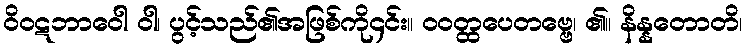
ဝိဝဋဘာဝေါ ဝါ၊ ပွင့်သည်၏အဖြစ်ကို၄င်း။ ဝဝတ္ထပေတဗ္ဗေ၊ ၏။ နိန္နတောတိ၊